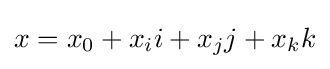
x=x_{0}+x_{i}i+x_{j}j+x_{k}k